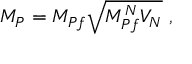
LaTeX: M _ { P } = M _ { P f } \sqrt { M _ { P f } ^ { N } V _ { N } } ~ ,